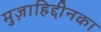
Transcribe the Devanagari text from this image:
मुज़ाहिद्दीनका